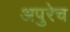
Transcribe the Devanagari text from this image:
अपुरेच